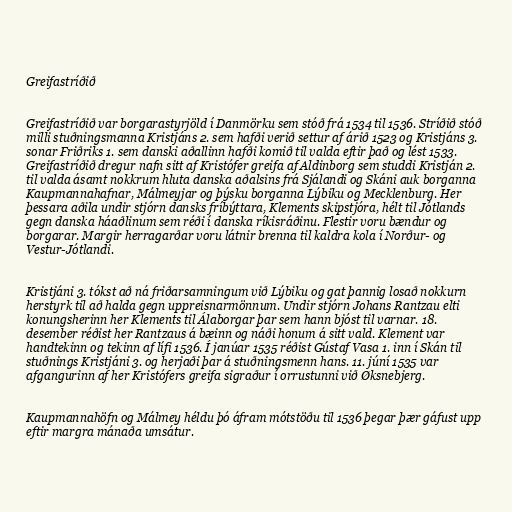
Greifastríðið

Greifastríðið var borgarastyrjöld í Danmörku sem stóð frá 1534 til 1536. Stríðið stóð
milli stuðningsmanna Kristjáns 2. sem hafði verið settur af árið 1523 og Kristjáns 3.
sonar Friðriks 1. sem danski aðallinn hafði komið til valda eftir það og lést 1533.
Greifastríðið dregur nafn sitt af Kristófer greifa af Aldinborg sem studdi Kristján 2.
til valda ásamt nokkrum hluta danska aðalsins frá Sjálandi og Skáni auk borganna
Kaupmannahafnar, Málmeyjar og þýsku borganna Lýbiku og Mecklenburg. Her
þessara aðila undir stjórn dansks fríbýttara, Klements skipstjóra, hélt til Jótlands
gegn danska háaðlinum sem réði í danska ríkisráðinu. Flestir voru bændur og
borgarar. Margir herragarðar voru látnir brenna til kaldra kola í Norður- og
Vestur-Jótlandi.

Kristjáni 3. tókst að ná friðarsamningum við Lýbiku og gat þannig losað nokkurn
herstyrk til að halda gegn uppreisnarmönnum. Undir stjórn Johans Rantzau elti
konungsherinn her Klements til Álaborgar þar sem hann bjóst til varnar. 18.
desember réðist her Rantzaus á bæinn og náði honum á sitt vald. Klement var
handtekinn og tekinn af lífi 1536. Í janúar 1535 réðist Gústaf Vasa 1. inn í Skán til
stuðnings Kristjáni 3. og herjaði þar á stuðningsmenn hans. 11. júní 1535 var
afgangurinn af her Kristófers greifa sigraður í orrustunni við Øksnebjerg.

Kaupmannahöfn og Málmey héldu þó áfram mótstöðu til 1536 þegar þær gáfust upp
eftir margra mánaða umsátur.